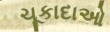
ચૂકાદાઓ